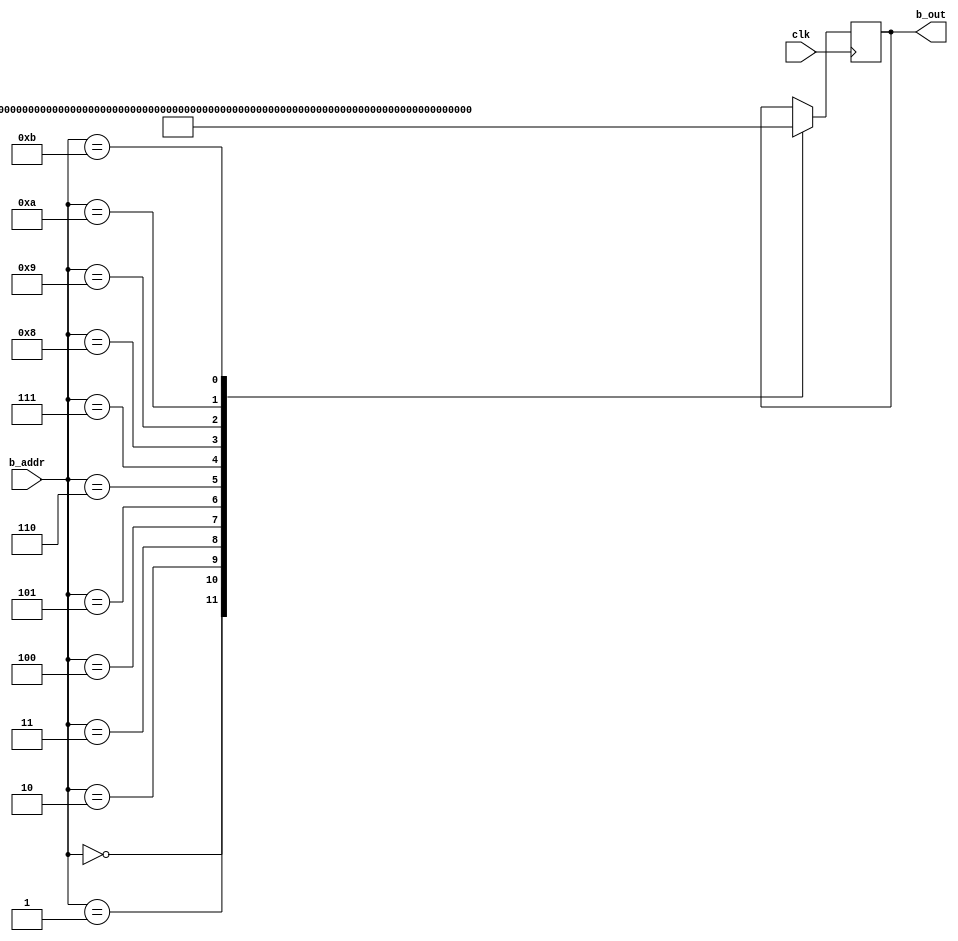
//======================================================================
//
// Copyright (c) 2016, NORDUnet A/S All rights reserved.
//
// Redistribution and use in source and binary forms, with or without
// modification, are permitted provided that the following conditions
// are met:
// - Redistributions of source code must retain the above copyright
//   notice, this list of conditions and the following disclaimer.
//
// - Redistributions in binary form must reproduce the above copyright
//   notice, this list of conditions and the following disclaimer in the
//   documentation and/or other materials provided with the distribution.
//
// - Neither the name of the NORDUnet nor the names of its contributors may
//   be used to endorse or promote products derived from this software
//   without specific prior written permission.
//
// THIS SOFTWARE IS PROVIDED BY THE COPYRIGHT HOLDERS AND CONTRIBUTORS "AS
// IS" AND ANY EXPRESS OR IMPLIED WARRANTIES, INCLUDING, BUT NOT LIMITED
// TO, THE IMPLIED WARRANTIES OF MERCHANTABILITY AND FITNESS FOR A
// PARTICULAR PURPOSE ARE DISCLAIMED. IN NO EVENT SHALL THE COPYRIGHT
// HOLDER OR CONTRIBUTORS BE LIABLE FOR ANY DIRECT, INDIRECT, INCIDENTAL,
// SPECIAL, EXEMPLARY, OR CONSEQUENTIAL DAMAGES (INCLUDING, BUT NOT LIMITED
// TO, PROCUREMENT OF SUBSTITUTE GOODS OR SERVICES; LOSS OF USE, DATA, OR
// PROFITS; OR BUSINESS INTERRUPTION) HOWEVER CAUSED AND ON ANY THEORY OF
// LIABILITY, WHETHER IN CONTRACT, STRICT LIABILITY, OR TORT (INCLUDING
// NEGLIGENCE OR OTHERWISE) ARISING IN ANY WAY OUT OF THE USE OF THIS
// SOFTWARE, EVEN IF ADVISED OF THE POSSIBILITY OF SUCH DAMAGE.
//
//======================================================================

`timescale 1ns / 1ps

module brom_p384_g_x
  (
   input wire 		clk,
   input wire [ 4-1:0] 	b_addr,
   output wire [32-1:0] b_out
   );


   //
   // Output Registers
   //
   reg [31:0] 		bram_reg_b;

   assign b_out = bram_reg_b;


   //
   // Read-Only Port B
   //
   always @(posedge clk)
     //
     case (b_addr)
       4'b0000:	bram_reg_b <= 32'h72760ab7;
       4'b0001:	bram_reg_b <= 32'h3a545e38;
       4'b0010:	bram_reg_b <= 32'hbf55296c;
       4'b0011:	bram_reg_b <= 32'h5502f25d;
       4'b0100:	bram_reg_b <= 32'h82542a38;
       4'b0101:	bram_reg_b <= 32'h59f741e0;
       4'b0110:	bram_reg_b <= 32'h8ba79b98;
       4'b0111:	bram_reg_b <= 32'h6e1d3b62;
       4'b1000:	bram_reg_b <= 32'hf320ad74;
       4'b1001:	bram_reg_b <= 32'h8eb1c71e;
       4'b1010:	bram_reg_b <= 32'hbe8b0537;
       4'b1011:	bram_reg_b <= 32'haa87ca22;
     endcase


endmodule